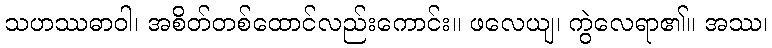
သဟဿဓာဝါ၊ အစိတ်တစ်ထောင်လည်းကောင်း။ ဖလေယျ၊ ကွဲလေရာ၏။ အဿ၊